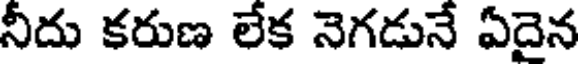
నీదు కరుణ లేక నెగడునే ఏదైన